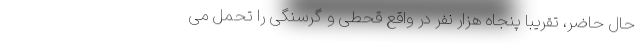
حال حاضر، تقریباً پنجاه هزار نفر در واقع قحطی و گرسنگی را تحمل می